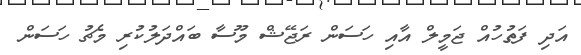
އަދި ފަތުހުއް ޖަމީލް އާއި ހަސަން ރަޖޭޝް މޫސާ ބައްދަލުކުރި މެޗު ހަސަން